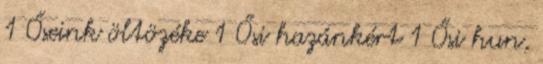
1 Őseink öltözéke 1 Ősi hazánkért 1 Ősi hun,